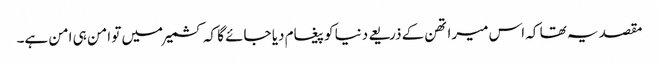
مقصد یہ تھا کہ اس میراتھن کے ذریعے دنیا کو پیغام دیا جائے گا کہ کشمیر میں تو امن ہی امن ہے۔